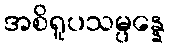
အစိရူပသမ္ပန္နေ